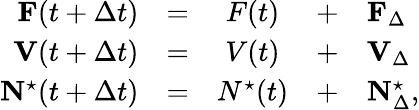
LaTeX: \begin{array}{rcccl}{\mathbf{F}(t+\Delta t)}&{=}&{F(t)}&{+}&{\mathbf{F}_{\Delta}}\\ {\mathbf{V}(t+\Delta t)}&{=}&{V(t)}&{+}&{\mathbf{V}_{\Delta}}\\ {\mathbf{N}^{\star}(t+\Delta t)}&{=}&{N^{\star}(t)}&{+}&{\mathbf{N}_{\Delta}^{\star},}\end{array}